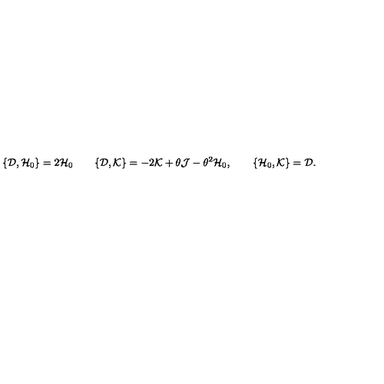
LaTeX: \{ { \cal D } , { \cal H } _ { 0 } \} = 2 { \cal H } _ { 0 } \qquad \{ { \cal D } , { \cal K } \} = - 2 { \cal K } + \theta { \cal J } - \theta ^ { 2 } { \cal H } _ { 0 } , \qquad \{ { \cal H } _ { 0 } , { \cal K } \} = { \cal D } .